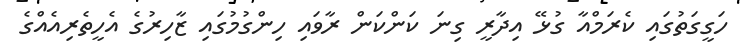
ހަގީގަތުގައި ކެރަމްއާ ގުޅޭ އިދާރީ ގިނަ ކަންކަން ރާވައި ހިންގުމުގައި ޒާހިރުގެ އެހީތެރިއެއްގެ